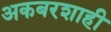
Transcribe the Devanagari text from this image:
अकबरशाही